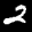
Label: 2